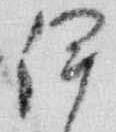
伊